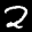
Label: 2